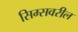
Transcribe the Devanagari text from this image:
सिम्सवरील